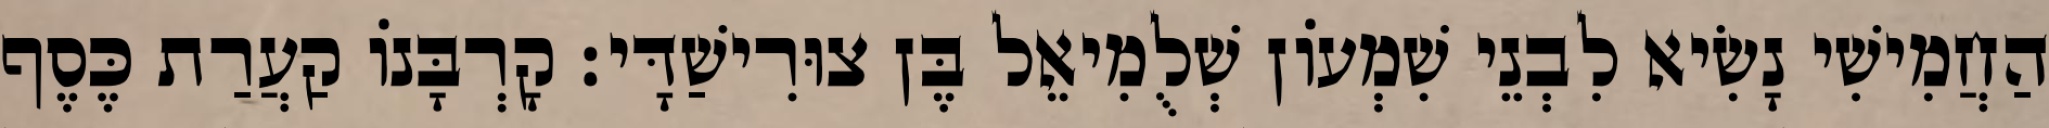
הַחֲמִישִׁי נָשִׂיא לִבְנֵי שִׁמְעוֹן שְׁלֻמִיאֵל בֶּן צוּרִישַׁדָּי׃ קָרְבָּנוֹ קַעֲרַת כֶּסֶף